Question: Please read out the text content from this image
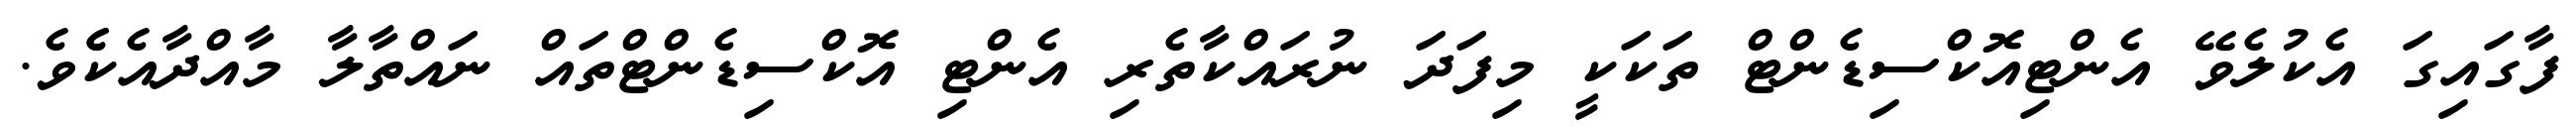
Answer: ފާގައިގަ އެކުލެވޭ އެންޓިއޮކްސިޑެންޓް ތަކަކީ މިފަދަ ނުރައްކާތެރި އެންޓި އޮކްސިޑެންޓްތައް ނައްތާލާ މާއްދާއެކެެވެ.